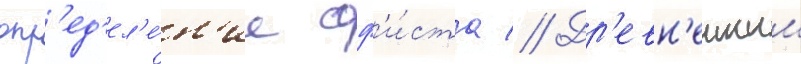
опр'ед'ел'е́н'ие соф'и́ста // Др'евн'еишим